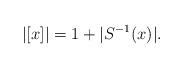
LaTeX: \begin{align*}|[x]|=1+|S^{-1}(x)|.\end{align*}